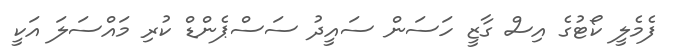
ފެމެލީ ކޯޓުގެ އިސް ގާޒީ ހަސަން ސައީދު ސަސްޕެންޑް ކުރި މައްސަލަ އަކީ